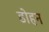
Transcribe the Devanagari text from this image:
डोहन